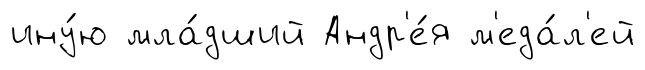
ину́ю мла́дший Андр'е́я м'еда́л'ей